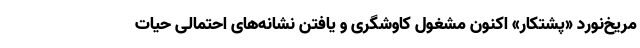
مریخ‌نورد «پشتکار» اکنون مشغول کاوشگری و یافتن نشانه‌های احتمالی حیات